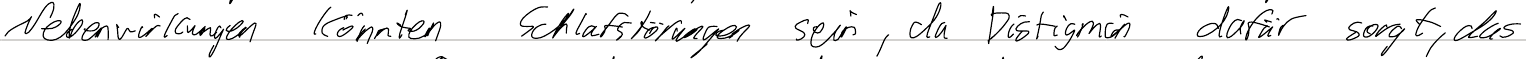
Nebenwirkungen könnten Schlafstörungen sein, da Distigmin dafür sorgt, das